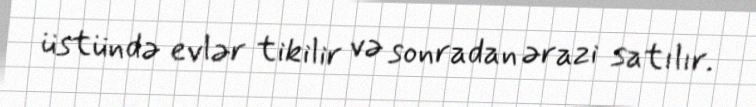
üstündə evlər tikilir və sonradan ərazi satılır.